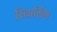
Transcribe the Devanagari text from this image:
रिवार्सिंग